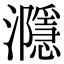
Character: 㶏